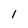
Character: l